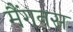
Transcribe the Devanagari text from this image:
मैंगनस